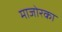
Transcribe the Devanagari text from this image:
माजोरका